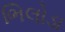
ભિલોડા